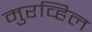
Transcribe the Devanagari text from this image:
मुरव्हिल